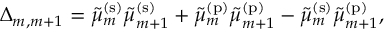
\Delta _ { m , m + 1 } = \tilde { \mu } _ { m } ^ { \mathrm { ( s ) } } \tilde { \mu } _ { m + 1 } ^ { \mathrm { ( s ) } } + \tilde { \mu } _ { m } ^ { \mathrm { ( p ) } } \tilde { \mu } _ { m + 1 } ^ { \mathrm { ( p ) } } - \tilde { \mu } _ { m } ^ { \mathrm { ( s ) } } \tilde { \mu } _ { m + 1 } ^ { \mathrm { ( p ) } } ,